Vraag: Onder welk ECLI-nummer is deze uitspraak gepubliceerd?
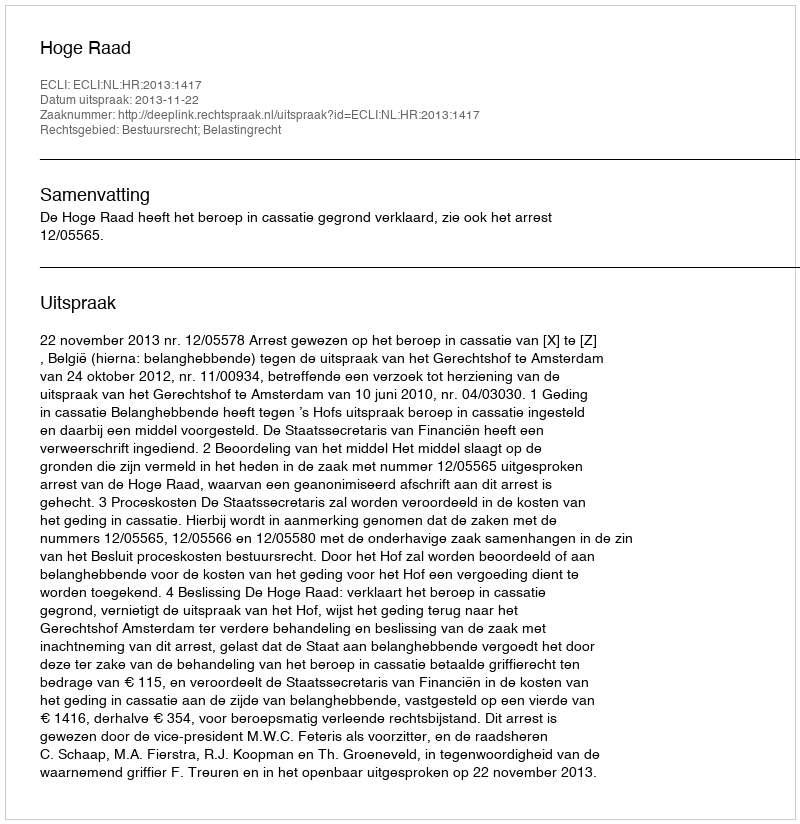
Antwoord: ECLI:NL:HR:2013:1417